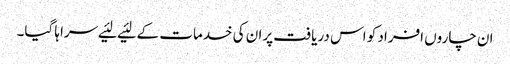
ان چاروں‌ افراد کو اس دریافت پران کی خدمات کے لئیے لئیے سراہا گیا۔